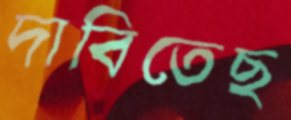
দাবিতেছ